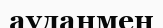
ауданмен